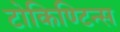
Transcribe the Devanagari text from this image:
टोकिण्टिन्स